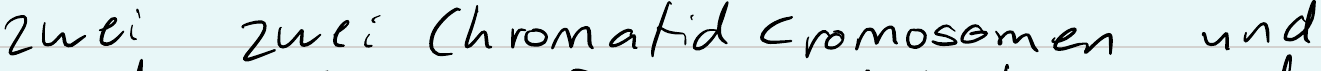
zwei zwei Chromatid cromosomen und